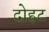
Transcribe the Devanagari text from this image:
दोहट